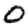
Digit: 0